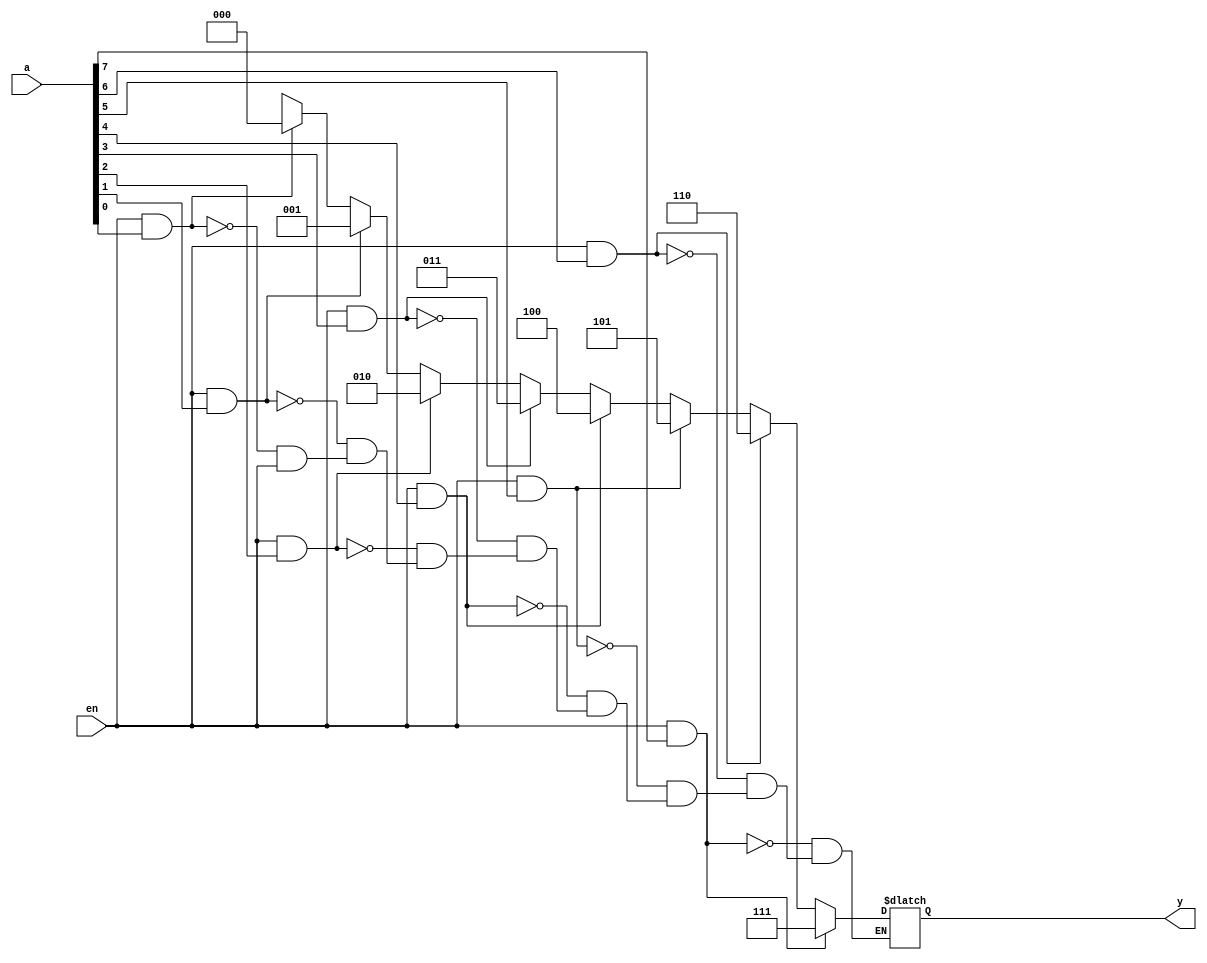
`timescale 1ns / 1ps
//////////////////////////////////////////////////////////////////////////////////
// Company: 
// Engineer: 
// 
// Design Name: 
// Module Name:    Encoder_with_priority 
// Project Name: 
// Target Devices: 
// Tool versions: 
// Description: 
//
// Dependencies: 
//
// Revision: 
// Revision 0.01 - File Created
// Additional Comments: 
//
//////////////////////////////////////////////////////////////////////////////////
module encoder_with_priority(y,a,en);
    input en;
	 input [7:0]a;
    output reg[2:0]y;
	always@(en,a)
	begin
	if(en==1&a[7]==1)
	y<=3'b111;
	else if(en==1&a[6]==1)
	y<=3'b110;
	else if(en==1&a[5]==1)
	y<=3'b101;
	else if(en==1&a[4]==1)
	y<=3'b100;
	else if(en==1&a[3]==1)
	y<=3'b011;
	else if(en==1&a[2]==1)
	y<=3'b010;
	else if(en==1&a[1]==1)
	y<=3'b001;
	else if(en==1&a[0]==1)
	y<=3'b000;
	else if(en==0)
	y<=3'bZ;
	end
endmodule